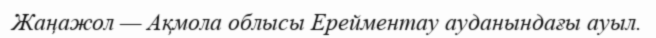
Жаңажол — Ақмола облысы Ерейментау ауданындағы ауыл.